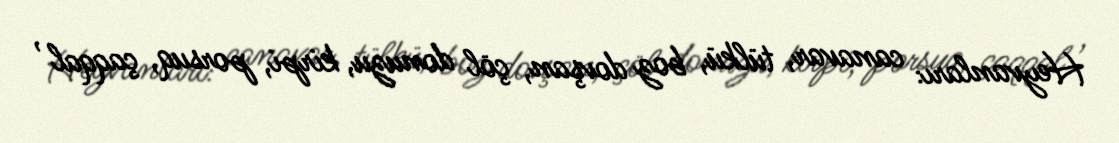
Heyvanları: canavar, tülkü, boz dovşan, çöl donuzu, kirpi, porsuq, çaqqal ,